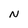
Character: N